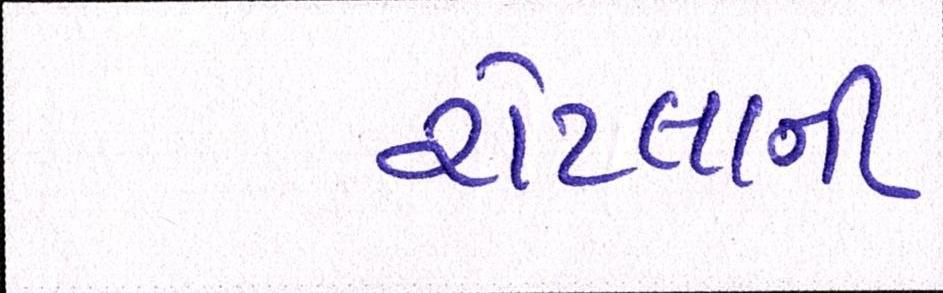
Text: રોટલાની